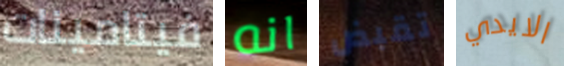
فيتامينات انه تقبض الايدي